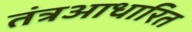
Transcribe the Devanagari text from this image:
तंत्रआधारित